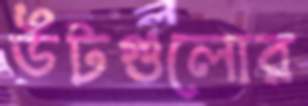
উটগুলোর